Insane asylums in Bengal annual reports 1876-1887 - 1876-1887
Year: 1876
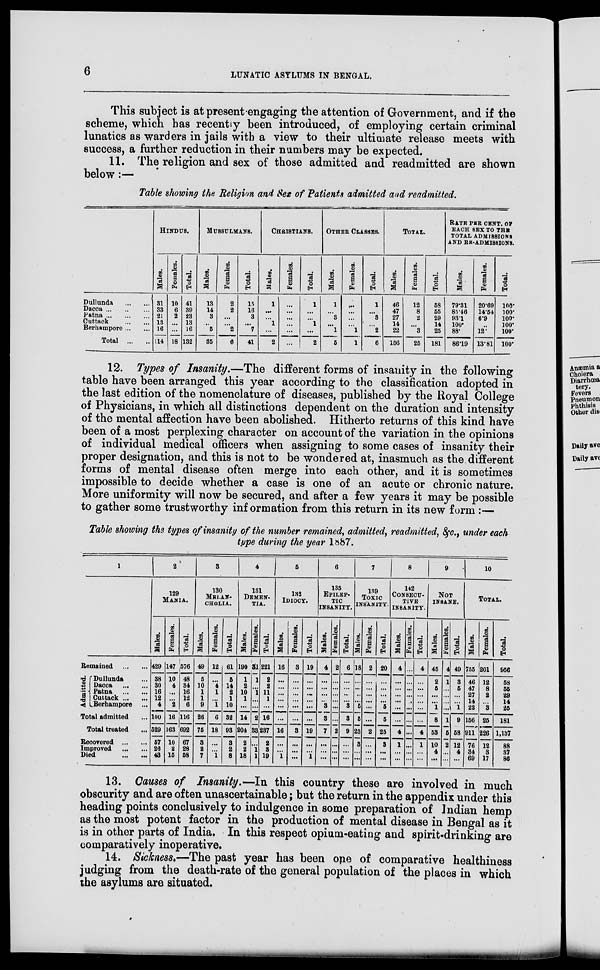
6
LUNATIC ASYLUMS IN BENGAL.
This subject is at present engaging the attention of Government, and if the
scheme, which has recently been introduced, of employing certain criminal
lunatics as warders in jails with a view to their ultimate release meets with
success, a further reduction in their numbers may be expected.
11. The religion and sex of those admitted and readmitted are shown
below:—
Table showing the Religion and Sex of Patients admitted and readmitted.
Dullunda
...
...
Dacca ... ... ...
Patna ... ... ...
Cuttack
...
...
Berhampore ... ...
Total
...
...
HINDUS.
Males.
31
33
21
13
16
114
Females.
10
6
2
...
...
18
Total.
41
39
23
13
16
132
MUSSULMANS.
Males.
13
14
3
...
5
35
Females.
2
2
...
...
2
6
Total.
15
16
3
...
7
41
CHRISTIANS.
Males.
1
...
...
1
...
2
Females.
...
...
...
...
...
...
Total.
1
...
...
1
...
2
OTHER CLASSES.
Males.
1
...
3
...
1
5
Females.
...
...
...
...
1
1
Total.
1
...
3
...
2
6
TOTAL.
Males.
46
47
27
14
22
156
Females.
12
8
2
...
3
25
Total.
58
55
29
14
25
181
RATE PER CENT. OF
EACH SEX TO THE
TOTAL ADMISSIONS
AND RE-ADMISSIONS.
Males.
79.31
85.46
93.1
100.
88.
86.19
Females.
20.69
14.54
6.9
...
12.
13.81
Total.
100.
100.
100.
100.
100.
100.
12. Types of Insanity.—The different forms of insanity in the following
table have been arranged this year according to the classification adopted in
the last edition of the nomenclature of diseases, published by the Royal College
of Physicians, in which all distinctions dependent on the duration and intensity
of the mental affection have been abolished. Hitherto returns of this kind have
been of a most perplexing character on account of the variation in the opinions
of individual medical officers when assigning to some cases of insanity their
proper designation, and this is not to be wondered at, inasmuch as the different
forms of mental disease often merge into each other, and it is sometimes
impossible to decide whether a case is one of an acute or chronic nature.
More uniformity will now be secured, and after a few years it may be possible
to gather some trustworthy information from this return in its new form:—
Table showing the types of insanity of the number remained, admitted, readmitted, &c., under each
type during the year 1887.
1
Remained
...
...
Admitted.
Dullunda ...
Dacca
...
...
Patna
...
...
Cuttack ... ...
Berhampore ...
Total admitted ...
Total treated ...
Recovered
...
...
Improved
...
...
Died
...
...
2
129
MANIA.
Males.
429
38
30
16
12
4
100
529
57
26
43
Females.
147
10
4
...
...
2
16
163
10
2
15
Total.
576
48
34
16
12
6
116
692
67
28
58
3
130
MELAN-
------.
Males.
49
5
10
1
1
9
26
75
3
2
7
Females.
12
...
4
1
...
1
6
18
...
...
1
Total.
61
5
14
2
1
10
32
93
3
2
8
4
131
DEMEN-
---.
Males.
190
1
2
10
1
...
14
204
2
2
18
Females.
31
1
...
1
...
...
2
33
...
1
1
Total.
221
2
2
11
1
...
16
237
2
8
19
5
132
IDIOCY.
Males.
16
...
...
...
...
...
...
16
...
...
1
Females.
3
...
...
...
...
...
...
3
...
...
...
Total.
19
...
...
...
...
...
...
19
...
...
1
6
135
EPILEP-
---
INSANITY.
Males.
4
...
...
...
...
3
3
7
...
...
...
Females.
2
...
...
...
...
...
...
2
...
...
...
Total.
6
...
...
...
...
3
3
9
...
...
...
7
139
TOXIC
INSANITY.
Males.
18
...
...
...
...
5
5
23
3
...
...
Females.
2
...
...
...
...
...
...
2
...
...
...
Total.
20
...
...
...
...
5
5
25
3
...
...
8
142
CONSECU-
----
INSANITY.
Males.
4
...
...
...
...
...
...
4
1
...
...
Females.
...
...
...
...
...
...
...
...
...
...
...
Total.
4
...
...
...
...
...
...
4
1
...
...
9
NOT
INSANE.
Males.
45
2
5
...
...
1
8
53
10
4
...
Females.
4
1
...
...
...
...
1
5
2
...
...
Total.
49
3
5
...
...
1
9
58
12
4
...
10
TOTAL.
Males.
755
46
47
27
14
22
156
911
76
34
69
Females.
201
12
8
2
...
3
25
226
12
3
17
Total.
956
58
55
29
14
25
181
1,137
88
37
86
13. Causes of Insanity.—In this country these are involved in much
obscurity and are often unascertainable; but the return in the appendix under this
heading points conclusively to indulgence in some preparation of Indian hemp
as the most potent factor in the production of mental disease in Bengal as it
is in other parts of India. In this respect opium-eating and spirit-drinking are
comparatively inoperative.
14. Sickness.—The past year has been one of comparative healthiness
judging from the death-rate of the general population of the places in which
the asylums are situated.